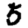
Digit: 5